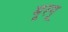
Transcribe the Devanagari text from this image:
मूरगू